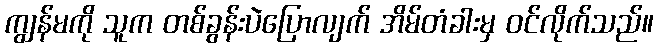
ကျွန်မကို သူက တစ်ခွန်းပဲပြောလျက် အိမ်တံခါးမှ ဝင်လိုက်သည်။